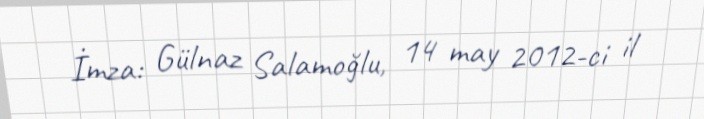
İmza: Gülnaz Salamoğlu, 14 may 2012-ci il